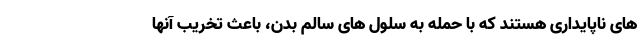
های ناپایداری هستند که با حمله به سلول های سالم بدن، باعث تخریب آنها